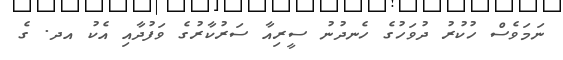
ނަމަވެސް ހުކުރު ދުވަހުގެ ހެނދުނު ސީރިއާ ސަރުކާރުގެ ވަފުދާއި އެކު އދ. ގެ